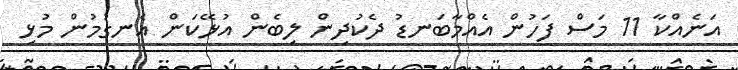
އަނެއްކާ 11 މަސް ފަހުން އެއްމާބަނޑު ދެކުދިން ލިބެން އުޅޭކަން އެނގުމުން މުޅި